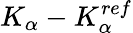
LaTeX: K_{\alpha}-K_{\alpha}^{ref}